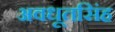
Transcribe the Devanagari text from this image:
अवधूतसिंह